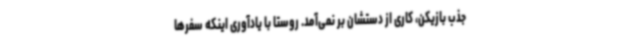
جذب بازیکن، کاری از دستشان بر نمی‌آمد. روستا با یادآوری اینکه سفرها